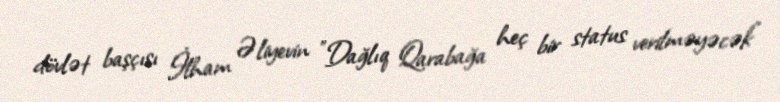
dövlət başçısı İlham Əliyevin "Dağlıq Qarabağa heç bir status verilməyəcək"